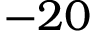
- 2 0